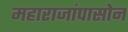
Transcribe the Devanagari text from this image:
महाराजांपासोन